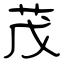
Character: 茂